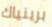
برينياك